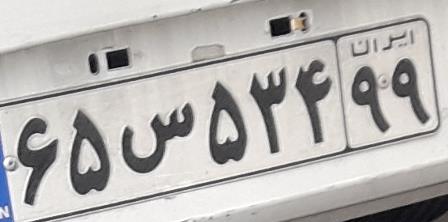
۶۵س۵۳۴۹۹